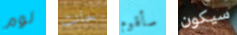
لوم حانت سأقوم سيكون